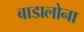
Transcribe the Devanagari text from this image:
बाडालोना